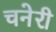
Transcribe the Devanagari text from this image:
चनेरी